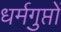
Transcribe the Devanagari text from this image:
धर्मगुप्तों